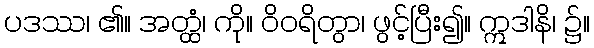
ပဒဿ၊ ၏။ အတ္ထံ၊ ကို။ ဝိဝရိတွာ၊ ဖွင့်ပြီး၍။ ဣဒါနိ၊ ၌။